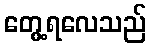
တွေ့ရလေသည်